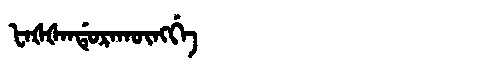
Manchu: ᡶᠠᡧᡧᠠᠨᡩᡠᡵᠠᡴᡡᠩᡤᡝ
Romanization: FAŠŠANDURAKŪNGGE